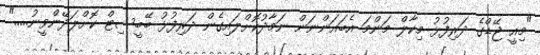
"މިއީ ޖޭޑްގެ ދަރިފުޅު މިކާލް މަންމަ އެބައަންނަން ނަމާދުކޮށްލައިގެން ދަރިފުޅު ބޭބީސިޓް ކޮށްލަދޭންވީނު....."